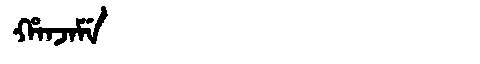
Manchu: ᡥᠠᠨᠵᠠᠮᡝ
Romanization: HANJAME